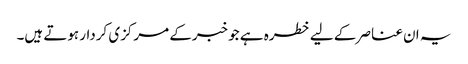
یہ ان عناصر کے لیے خطرہ ہے جو خبرکے مرکزی کردار ہوتے ہیں۔